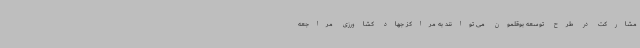
مشارکت در طرح توسعه بوقلمون می توانند به مراکز جهاد کشاورزی مراجعه